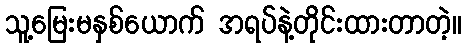
သူ့မြေးမနှစ်ယောက် အရပ်နဲ့တိုင်းထားတာတဲ့။